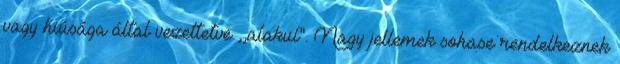
vagy hiúsága által vezettetve ,,alakul". Nagy jellemek sohase rendelkeznek